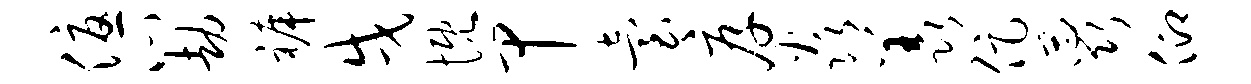
优心劫裤戌慨甲台厚焱羡促蕊仰